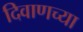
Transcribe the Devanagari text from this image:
दिवाणच्या